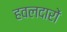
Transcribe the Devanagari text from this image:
हवलदारों